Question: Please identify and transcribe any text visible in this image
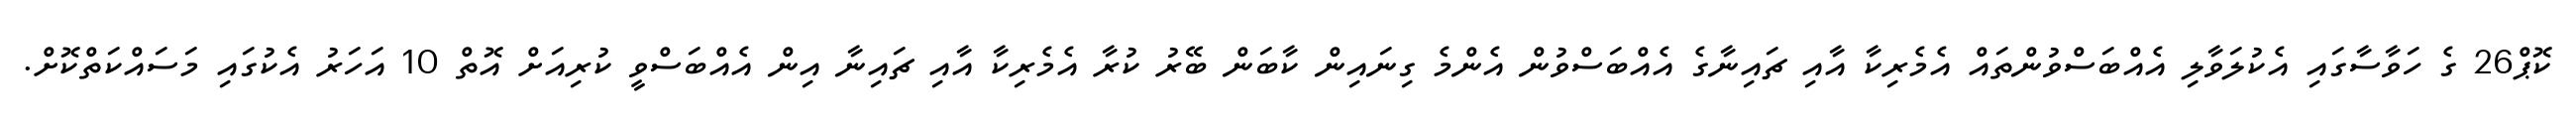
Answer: ކޮޕް26 ގެ ހަވާސާގައި އެކުލަވާލި އެއްބަސްވުންތައް އެމެރިކާ އާއި ޗައިނާގެ އެއްބަސްވުން އެންމެ ގިނައިން ކާބަން ބޭރު ކުރާ އެމެރިކާ އާއި ޗައިނާ އިން އެއްބަސްވީ ކުރިއަށް އޮތް 10 އަހަރު އެކުގައި މަސައްކަތްކޮށް.